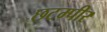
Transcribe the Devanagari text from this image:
छटम्पीर